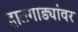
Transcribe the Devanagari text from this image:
हातगाड्यांवर